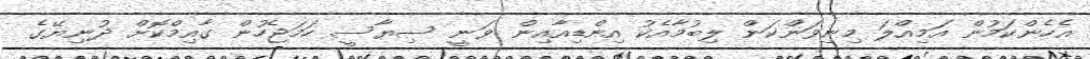
އެހެންކަމުން އަމިއްލަ މިނިވަންކަން ލިބުމާއެކު އިންޑިއާއިން ވަނީ ސިޔާސީ ހަމަޖެހުން ގާއިމްކޮށް ދުނިޔޭގެ